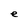
Character: e